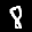
Label: 8